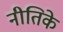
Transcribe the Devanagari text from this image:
नीतिके